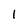
Character: 1